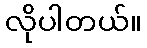
လိုပါတယ်။